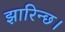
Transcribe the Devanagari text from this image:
झारिन्छ।